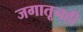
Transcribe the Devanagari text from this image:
जगातूनही